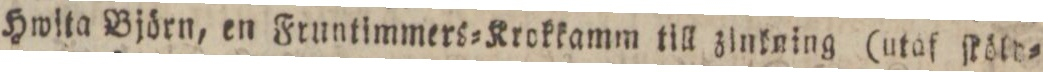
Hwita Björn, en Fruntimmers=Krokkamm till zinkning (utaf ſköld=